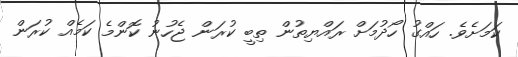
ކަމަށެވެ. ހައްގު ހޯދުމަށް ރައްޔިތުން ތިބީ ކުރަން ޖެހުނު ކޮންމެ ކަމެއް ކުރަން